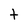
Character: t